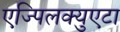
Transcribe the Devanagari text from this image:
एज्पिलक्युएटा